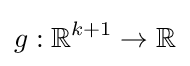
g:\mathbb {R} ^{k+1}\rightarrow \mathbb {R}